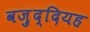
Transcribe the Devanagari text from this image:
वज़ुद्दियह